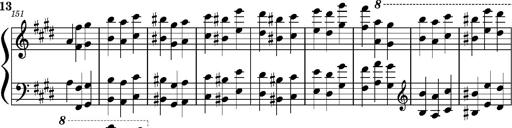
Title: Concerto sans orchestre, S.524a
Composer: Franz Liszt
Key: A major